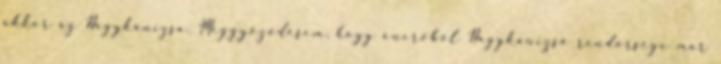
akkor az Nagykanizsa. Meggyőződésem, hogy önerőből Nagykanizsa rendőrsége már